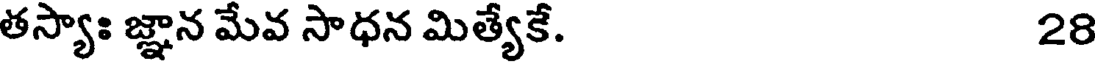
తస్యాః జ్ఞాన మేవ సాధన మిత్యేకే. 28